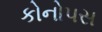
કોનોપસ